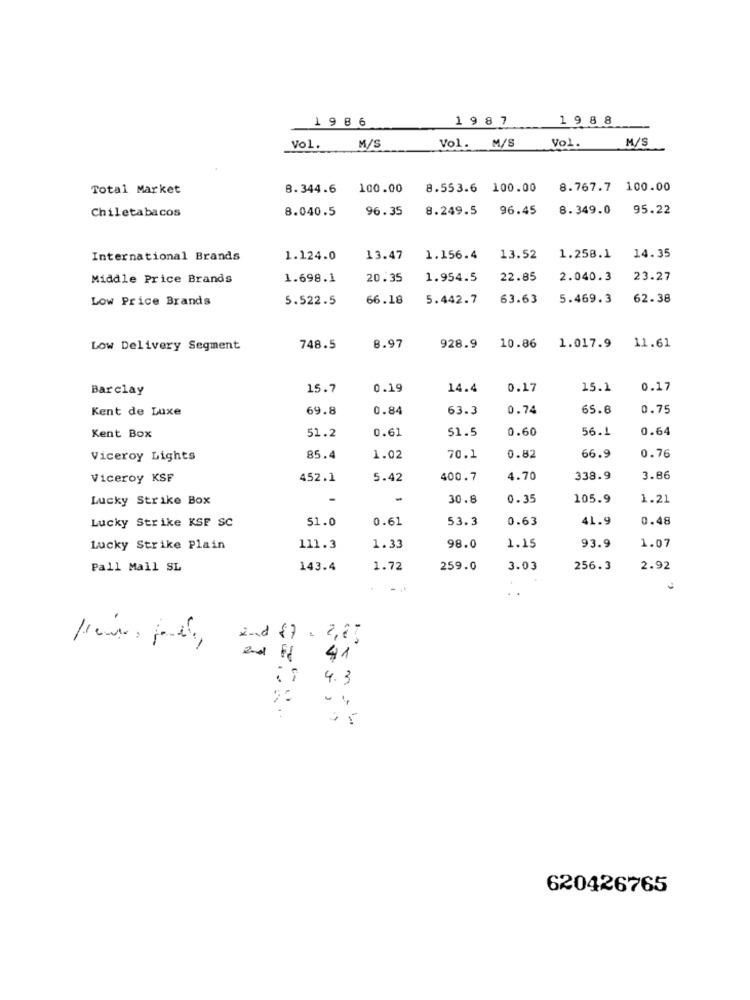
1986
19 8 7
19 8 8
M/S
Vol.
M/S
Vol. M/S
Vol.
Total Market
8.344.6
100.00
8.553.6 100.00
8.767.7 100.00
8.040.5
96.35
8.249.5
96.45
8.349.0
95.22
Chiletabacos
International Brands
1.124.0
13.47
1.156.4
13.52
1.258.1
14.35
Middle Price Brands
1.698.1
20.35
1.954.5
22.85
2.040.3
23.27
Low Price Brands
5.522.5
66.18
5.442.7
63.63
5.469.3
62.38
Low Delivery Segment
748.5
8.97
928.9
10.86
1.017.9
11.61
Barclay
15.7
0.19
14.4
0.17
15.1
0.17
Kent de Luxe
69.8
0.84
63.3
0.74
65.8
0.75
0.61
51.5
0.60
56.1
0.64
Kent Box
51.2
0.76
Viceroy Lights
85.4
1.02
70.1
0.82
66.9
Viceroy KSF
452.1
5.42
400.7
4.70
338.9
3.86
Lucky Strike Box
-
-
30.8
0.35
105.9
1.21
51.0
0.61
53.3
0.63
41.9
0.48
Lucky Strike KSF SC
93.9
1.07
Lucky Strike Plain
111.3
1.33
98.0
1.15
Pall Mall SL
143.4
1.72
259.0
3.03
256.3
2.92
2-nd $7 = 2,8%
and 1 41
4.3
%
620426765